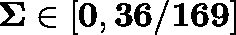
\mathbf { \Sigma \in \left[ 0 , 3 6 / 1 6 9 \right] }